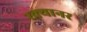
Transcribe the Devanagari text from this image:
स्क्यानर